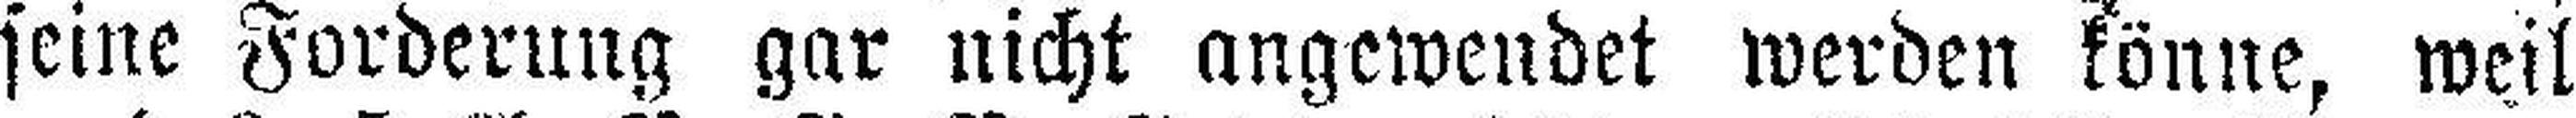
seine Forderung gar nicht angewendet werden könne, weil